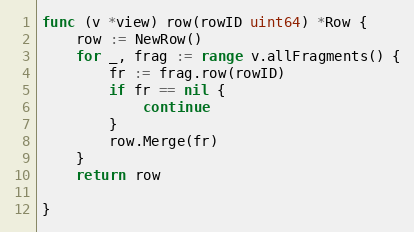
Language: Go
func (v *view) row(rowID uint64) *Row {
	row := NewRow()
	for _, frag := range v.allFragments() {
		fr := frag.row(rowID)
		if fr == nil {
			continue
		}
		row.Merge(fr)
	}
	return row

}